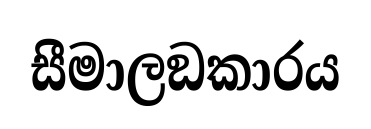
සීමාලඞකාරය